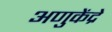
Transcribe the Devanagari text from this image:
अणुकेंद्रे